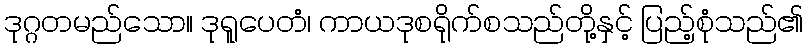
ဒုဂ္ဂတမည်သော။ ဒုရူပေတံ၊ ကာယဒုစရိုက်စသည်တို့နှင့် ပြည့်စုံသည်၏